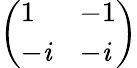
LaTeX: \left(\begin{array}{ll}{1}&{-1}\\ {-\mathit{i}}&{-\mathit{i}}\end{array}\right)